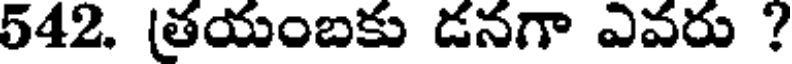
542. (తయంబకు డనగా ఎవరు ?